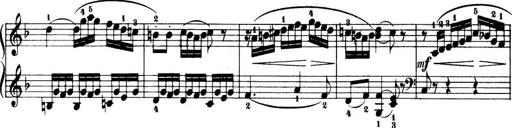
Title: 32 Sonatinas and Rondos for the Piano
Composer: Richard Kleinmichel